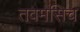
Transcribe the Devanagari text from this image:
तवमसिच